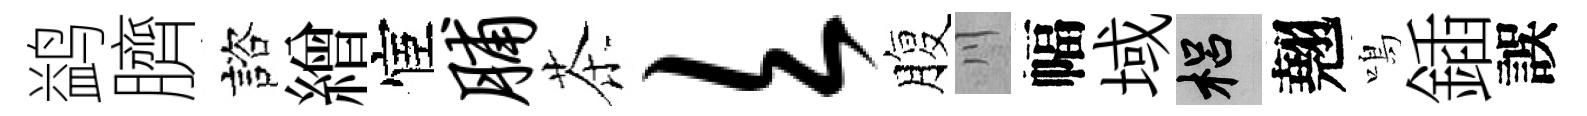
鹢臍諮繒宦脯茶欠腹川幅域梠翹鳴鍤誤